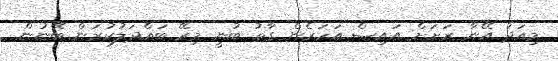
މިއަދު އޭނާ ރަށަށް އައިސް އަހަރެން ގާތު ބުނީ މިރޭ ބައްދަލުކުރަން ބޭނުން